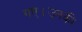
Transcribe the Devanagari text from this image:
गए।उनकी